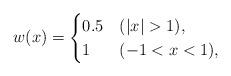
LaTeX: \begin{align*}w(x) = \begin{cases} 0.5 & (|x|>1), \\1 & (-1 <x<1),\end{cases} \end{align*}